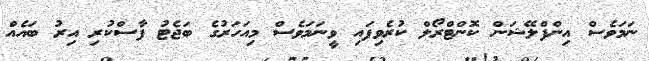
ނަމަވެސް އިންފްލޭޝަން ކޮންޓްރޯލް ކުރެވިފައި ވީނަމަވެސް މިއަހަރުގެ ބަޖެޓު ފާސްކުރި އިރު ބައެއް